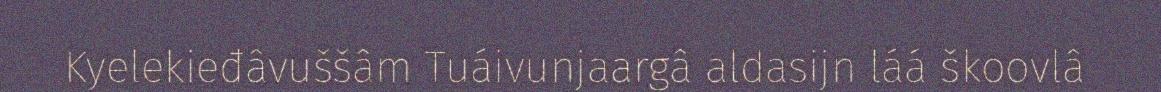
Kyelekieđâvuššâm Tuáivunjaargâ aldasijn láá škoovlâ